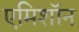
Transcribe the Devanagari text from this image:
एमिशॉन